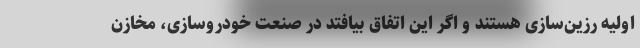
اولیه رزین‌سازی هستند و اگر این اتفاق بیافتد در صنعت خودروسازی، مخازن